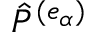
{ \hat { P } } ^ { ( e _ { \alpha } ) }